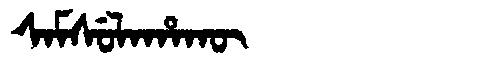
Manchu: ᠰᠠᠮᠰᡠᠯᠠᡥᠠᡴᡡ
Romanization: SAMSULAHAKŪ